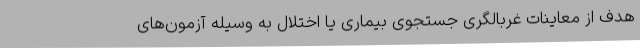
هدف از معاینات غربالگری جستجوی بیماری یا اختلال به وسیله آزمون‌های